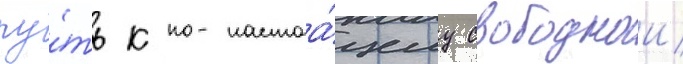
пу́ть к по-настоа́щему свободнои